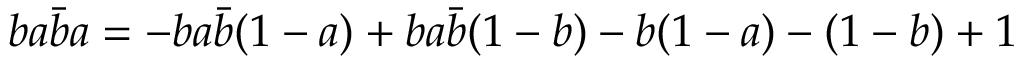
b a \bar { b } a = - b a \bar { b } ( 1 - a ) + b a \bar { b } ( 1 - b ) - b ( 1 - a ) - ( 1 - b ) + 1